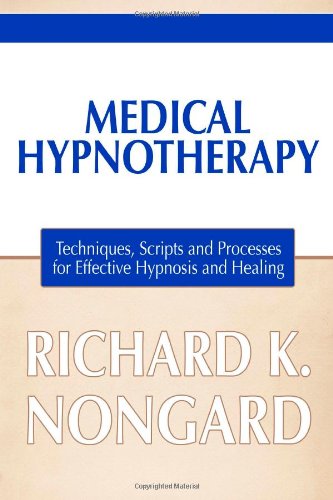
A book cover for Medical Hypnotherapy: Techniques, Scripts and Processes for Effective Hypnosis and Healing; Richard Nongard; Health, Fitness & Dieting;